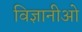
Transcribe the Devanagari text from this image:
विज्ञानीओ